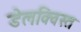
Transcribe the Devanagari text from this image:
डेलक्विस्त